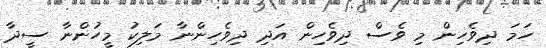
ހަމަ ދިވެހިން މި ވެސް ދިވެހިން އަދި ދިވެހިންނާ މަލިކު މީހުންނާ ސީދާ